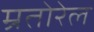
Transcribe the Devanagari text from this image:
म्रतोरेल